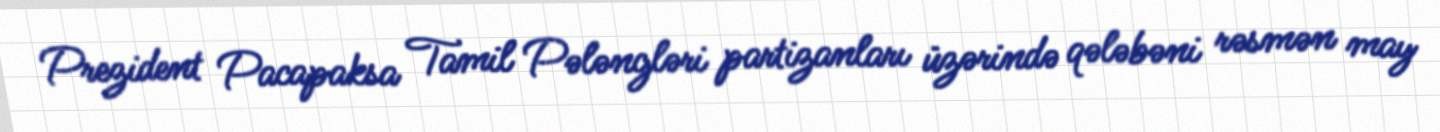
Prezident Pacapaksa Tamil Pələngləri partizanları üzərində qələbəni rəsmən may